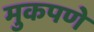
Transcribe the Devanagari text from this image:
मुकपणे